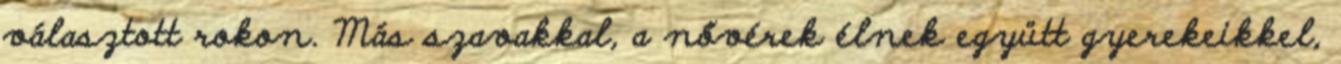
választott rokon. Más szavakkal, a nővérek élnek együtt gyerekeikkel,